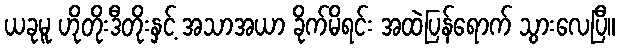
ယခုမူ ဟိုတိုးဒီတိုးနှင့် အသာအယာ ခိုက်မိရင်း အထဲပြန်ရောက် သွားလေပြီ။